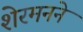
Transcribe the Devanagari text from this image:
शेरमनने